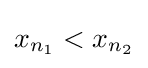
x_{n_{1}}<x_{n_{2}}